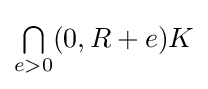
{\textstyle {\textstyle \bigcap \limits _{e>0}}(0,R+e)K}